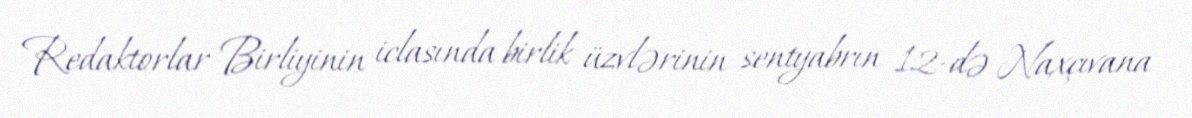
Redaktorlar Birliyinin iclasında birlik üzvlərinin sentyabrın 12-də Naxçıvana